Vaccination in Bombay 1869-1873 - 1869-1873
Year: 1869
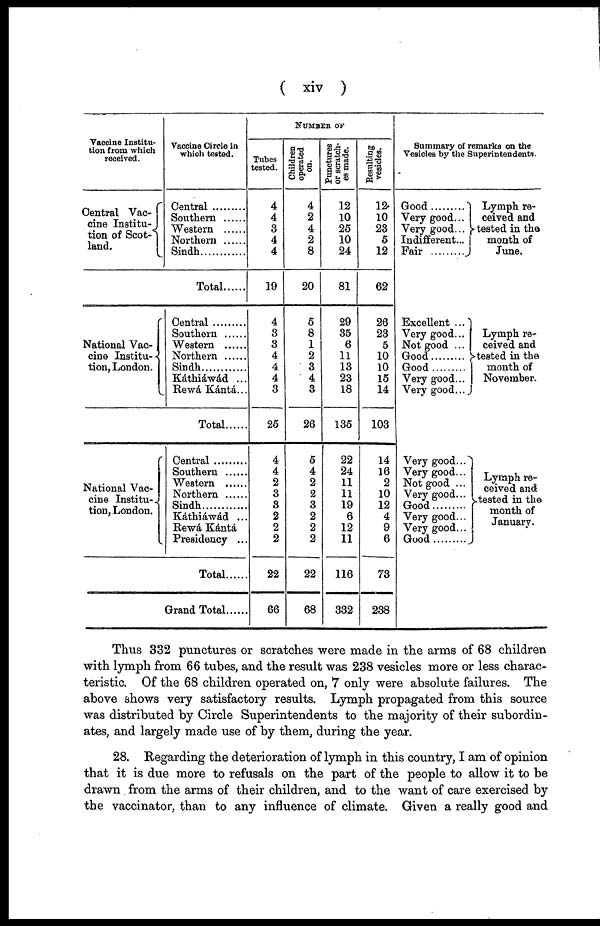
( xiv )
Vaccine Institu-
tion from which
received.
Central Vac-
cine Institu-
tion of Scot-
land.
Vaccine Circle in
which tested.
Central ..........
Southern .......
Western ......
Northern .......
Sindh
Total.......
National Vac-
cine Institu-
tion, London.
Central ..........
Southern............
Western .........
Northern .......
Sindh
Káthiáwád ...
Rewá Kántá...
Total......
National Vac-
cine Institu-
tion, London.
Central ..........
Southern............
Western .........
Northern .......
Sindh
Káthiáwád ...
Rewá Kántá
Presidency ...
Total......
Grand Total......
NUMBER OF
Tubes
tested.
4
4
3
4
4
19
4
3
3
4
4
4
3
25
4
4
2
3
3
2
2
2
22
66
Children
operated
on.
4
2
4
2
8
20
5
8
1
2
3
4
3
26
5
4
2
2
3
2
2
2
22
68
Punctures
or scratch-
es made.
12
10
25
10
24
81
29
35
6
11
13
23
18
135
22
24
11
11
19
6
12
11
116
332
Resulting
vesicles.
12
10
23
5
12
62
26
23
5
10
10
15
14
103
14
16
2
10
12
4
9
6
73
238
Summary of remarks on the
Vesicles by the Superintendents.
Good.........
Very good...
Very good...
Indifferent...
Fair
........
Excellent ...
Very good...
Not good ...
Good
Good
Very good...
Very good...
Verv good...
Very good...
Not good ...
Very good...
Good
Very good...
Very good...
Good
Lymph re-
ceived and
tested in the
month of
June.
Lymph re-
ceived and
tested in the
month of
November.
Lymph re-
ceived and
tested in the
month of
January.
Thus 332 punctures or scratches were made in the arms of 68 children
with lymph from 66 tubes, and the result was 238 vesicles more or less charac-
teristic. Of the 68 children operated on, 7 only were absolute failures. The
above shows very satisfactory results. Lymph propagated from this source
was distributed by Circle Superintendents to the majority of their subordin-
ates, and largely made use of by them, during the year.
28. Regarding the deterioration of lymph in this country, I am of opinion
that it is due more to refusals on the part of the people to allow it to be
drawn from the arms of their children, and to the want of care exercised by
the vaccinator, than to any influence of climate. Given a really good and